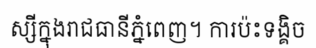
ស្សីក្នុងរាជធានីភ្នំពេញ។ ការប៉ះទង្គិច